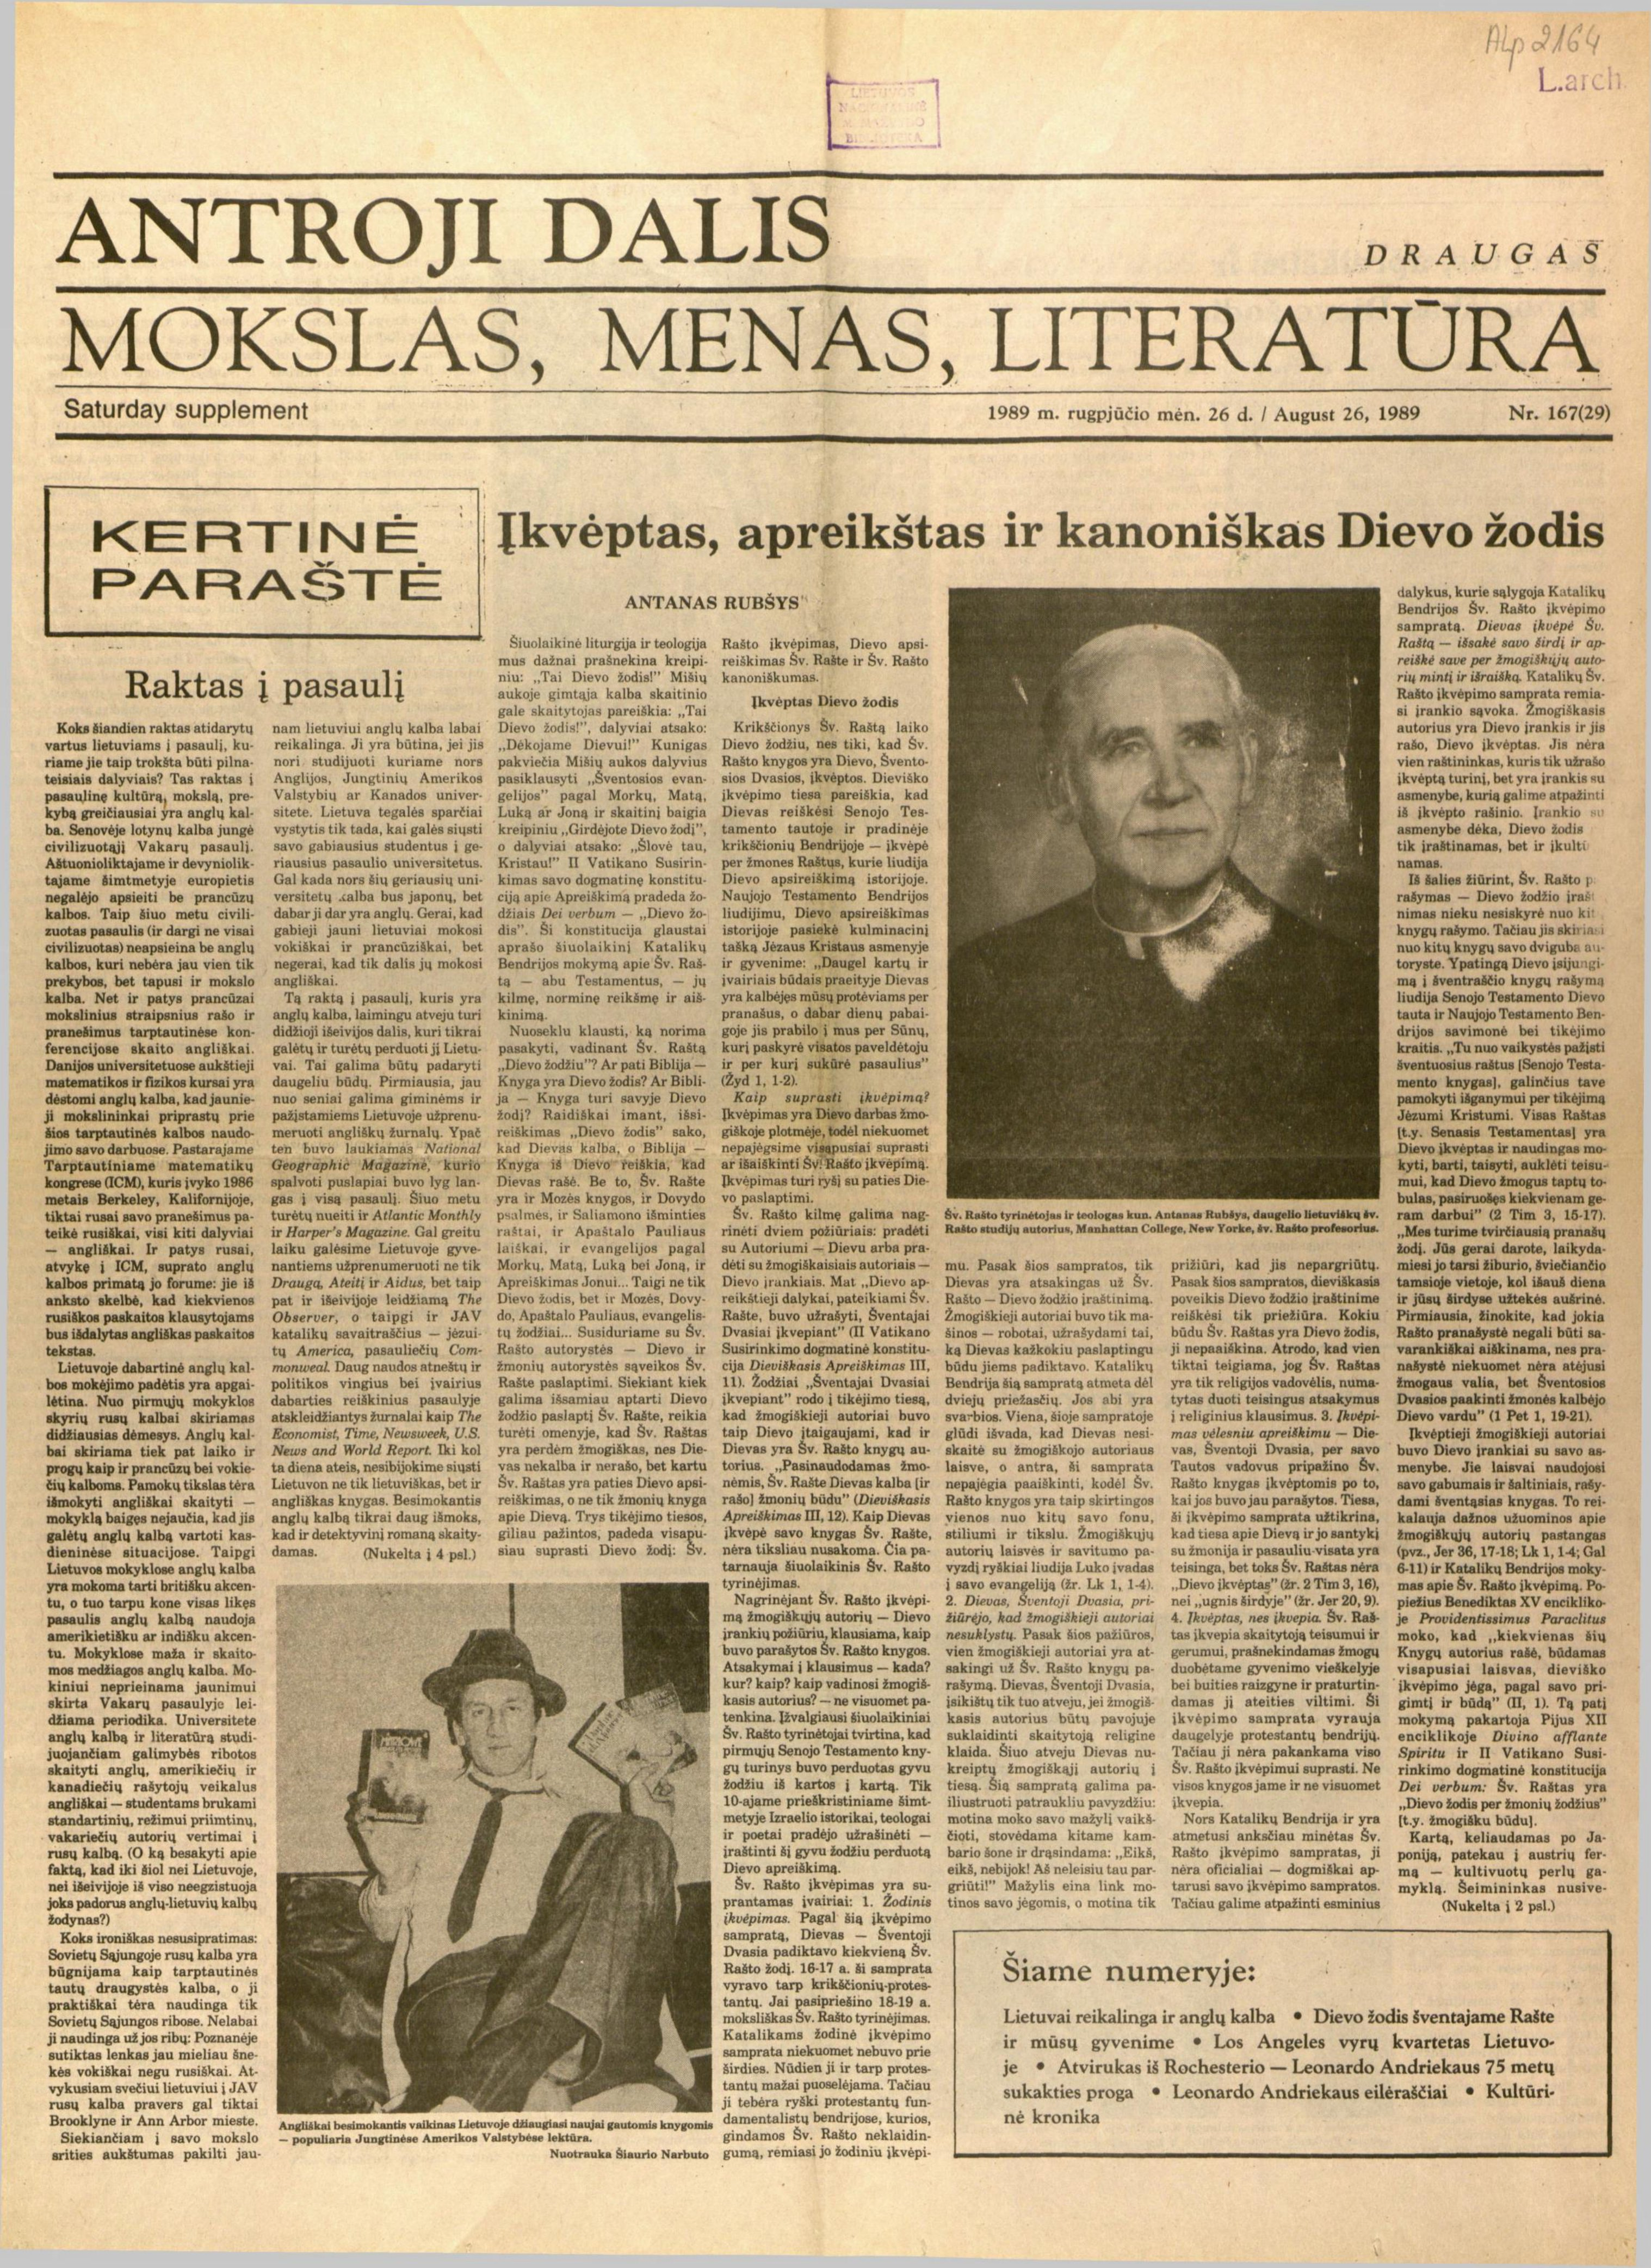
Language: lt